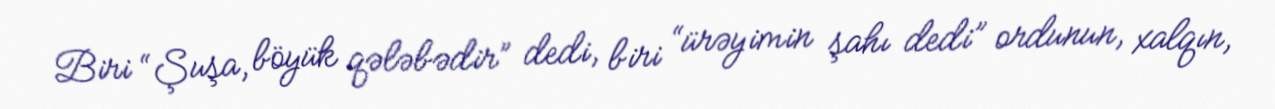
Biri “Şuşa, böyük qələbədir” dedi, biri “ürəyimin şahı dedi” ordunun, xalqın,